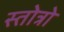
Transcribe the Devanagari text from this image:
स्तोत्रो